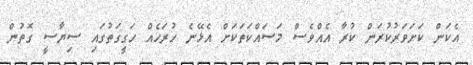
އެކަން ކަށަވަރުކުރަން ކުރާ އެއްވެސް މަސައްކަތަކަށް އެޅޭނެ ހުރަހެއް ހަގީގަތުގައި ސިޔާސީ ގޮތުން